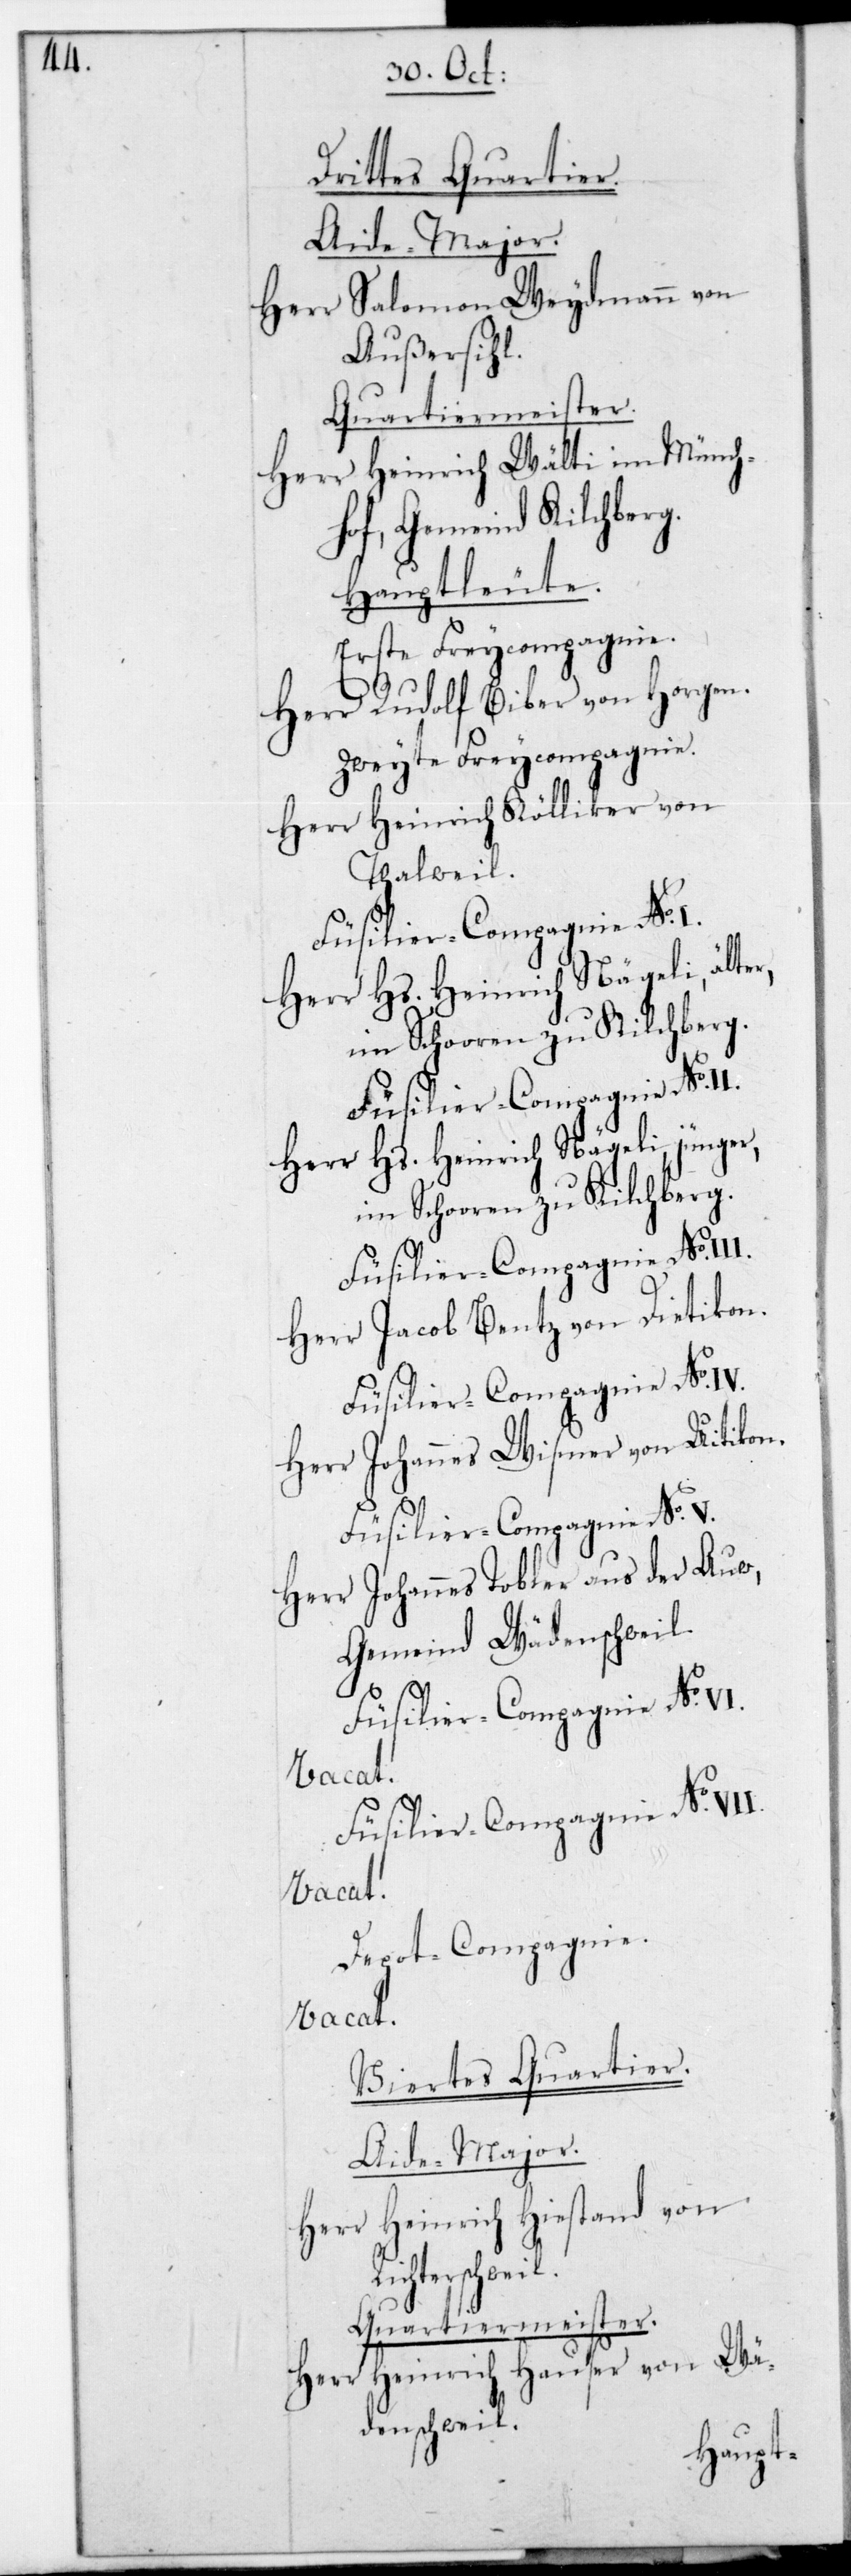
R¬

Drittes Quartier.
Aide-Major.
Herr Salomon Weydmann von
Außersihl.
Quartiermeister.
Herr Heinrich Wälti im Münch¬
hof, Gemeind Kilchberg.
Hauptleute.
Erste Freycompagnie.
Herr Rudolf Biber von Horgen.
Zweyte Freycompagnie.
Herr Heinrich Kölliker von
Thalweil.
Herr Hs. Heinrich Nägeli älter,
Herr Hs. Heinrich Nägeli jünger,
im Schooren zu Kilchberg.
Herr Jacob Bentz von Dietikon.
Füsilier-Compagnie No IV.
Herr Johannes Wismer von Uitikon.
Füsilier-Compagnie No V.
Herr Johannes Tobler aus der Au,
Gemeind Wädenschweil.
Füsilier-Compagnie No VI.
Vacat.
Füsilier-Compagnie No VII.
Vacat.
Depot-Compagnie.
Vacat.
Viertes Quartier.
Aide-Major.
Herr Heinrich Hiestand von
ichterschweil.
Heinrich Hauser von Wä¬
Herr
denschweil.